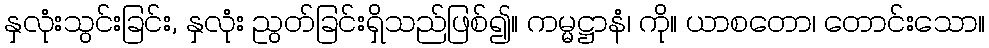
နှလုံးသွင်းခြင်း, နှလုံး ညွတ်ခြင်းရှိသည်ဖြစ်၍။ ကမ္မဋ္ဌာနံ၊ ကို။ ယာစတော၊ တောင်းသော။